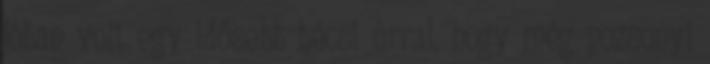
jóban volt egy idősebb bécsi úrral, hogy még pozsonyi